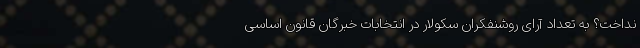
نداخت؟ به تعداد آرای روشنفکران سکولار در انتخابات خبرگان قانون اساسی